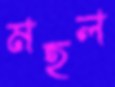
মহল